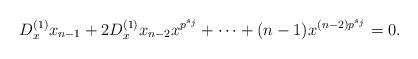
LaTeX: \begin{align*}D_x^{(1)}x_{n-1}+2D_x^{(1)}x_{n-2}x^{p^{s_j}}+\cdots+(n-1)x^{(n-2)p^{s_j}}=0.\end{align*}